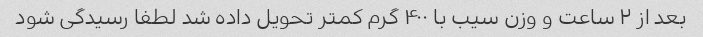
بعد از ۲ ساعت و وزن سیب با ۴۰۰ گرم کمتر تحویل داده شد لطفا رسیدگی شود